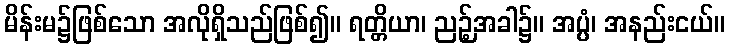
မိန်းမ၌ဖြစ်သော အလိုရှိသည်ဖြစ်၍။ ရတ္တိယာ၊ ညဉ့်အခါ၌။ အပ္ပံ၊ အနည်းငယ်။